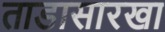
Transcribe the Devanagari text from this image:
ताडासारखा